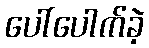
ပေါ်ပေါက်ခဲ့